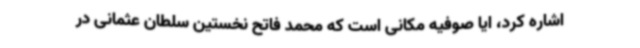
اشاره کرد، ایا صوفیه مکانی است که محمد فاتح نخستین سلطان عثمانی در